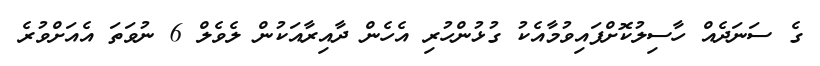
ގެ ސަނަދެއް ހާސިލުކޮށްފައިވުމާއެކު ގުޅުންހުރި އެހެން ދާއިރާއަކުން ލެވެލް 6 ނުވަތަ އެއަށްވުރެ